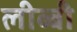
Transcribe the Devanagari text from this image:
लीब्बी